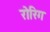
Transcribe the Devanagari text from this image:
रोरिग